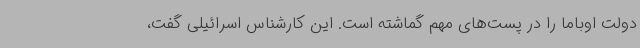
دولت اوباما را در پست‌های مهم گماشته است. این کارشناس اسرائیلی گفت،